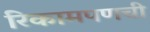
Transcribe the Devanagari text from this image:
रिकामपणची